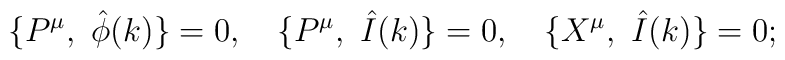
\{P^\mu ,\ {\hat \phi }(k)\}=0,\quad \{P^\mu ,\ \hat I(k)\}=0,\quad \{X^\mu,\ \hat I(k)\}=0;